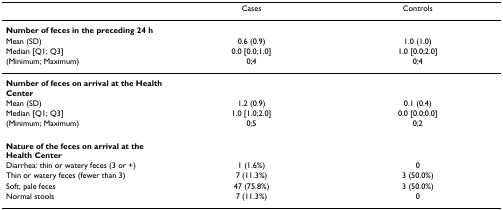
|  | Cases | Controls |
 | --- | --- | --- |
 | Number of feces in the preceding 24 h |  |  |
 | Mean (SD) | 0.6 (0.9) | 1.0 (1.0) |
 | Median [Q1; Q3] | 0.0 [0.0;1.0] | 1.0 [0.0;2.0] |
 | (Minimum; Maximum) | 0;4 | 0;4 |
 | Number of feces on arrival at the Health Center |  |  |
 | Mean (SD) | 1.2 (0.9) | 0.1 (0.4) |
 | Median [Q1; Q3] | 1.0 [1.0;2.0] | 0.0 [0.0;0.0] |
 | (Minimum; Maximum) | 0;5 | 0;2 |
 | Nature of the feces on arrival at the Health Center |  |  |
 | Diarrhea: thin or watery feces (3 or +) | 1 (1.6%) | 0 |
 | Thin or watery feces (fewer than 3) | 7 (11.3%) | 3 (50.0%) |
 | Soft, pale feces | 47 (75.8%) | 3 (50.0%) |
 | Normal stools | 7 (11.3%) | 0 |